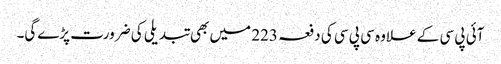
آئی پی سی کے علاوہ سی پی سی کی دفعہ 223 میں بھی تبدیلی کی ضرورت پڑے‌گی۔